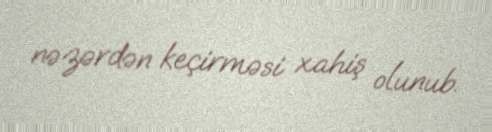
nəzərdən keçirməsi xahiş olunub.